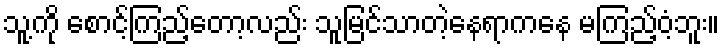
သူ့ကို စောင့်ကြည့်တော့လည်း သူမြင်သာတဲ့နေရာကနေ မကြည့်ဝံ့ဘူး။